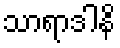
သာရာဒါနိ